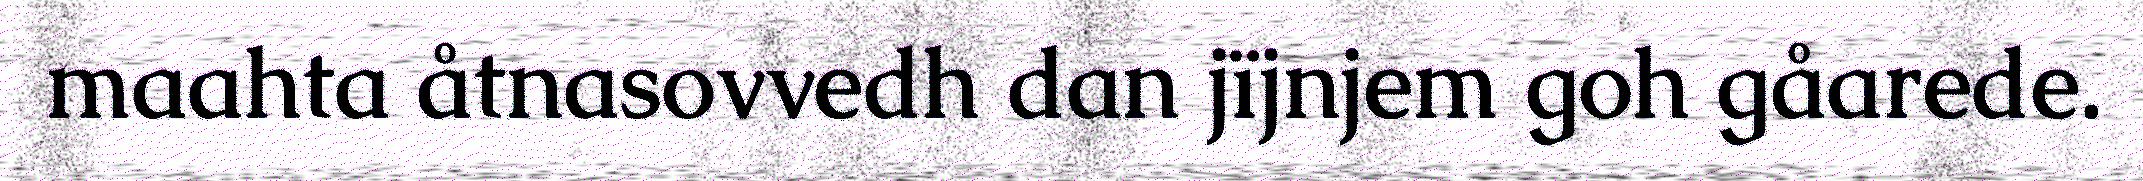
maahta åtnasovvedh dan jïjnjem goh gåarede.